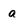
Character: a